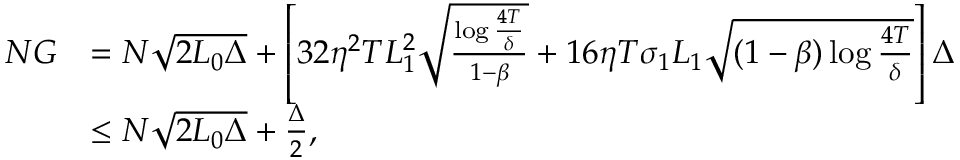
\begin{array} { r l } { N G } & { = N \sqrt { 2 L _ { 0 } \Delta } + \left[ 3 2 \eta ^ { 2 } T L _ { 1 } ^ { 2 } \sqrt { \frac { \log \frac { 4 T } { \delta } } { 1 - \beta } } + 1 6 \eta T \sigma _ { 1 } L _ { 1 } \sqrt { ( 1 - \beta ) \log \frac { 4 T } { \delta } } \right] \Delta } \\ & { \leq N \sqrt { 2 L _ { 0 } \Delta } + \frac { \Delta } { 2 } , } \end{array}